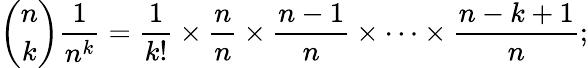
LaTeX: {\binom{n}{k}}{\frac{1}{n^{k}}}={\frac{1}{k!}}\times{\frac{n}{n}}\times{\frac{n-1}{n}}\times\cdots\times{\frac{n-k+1}{n}};